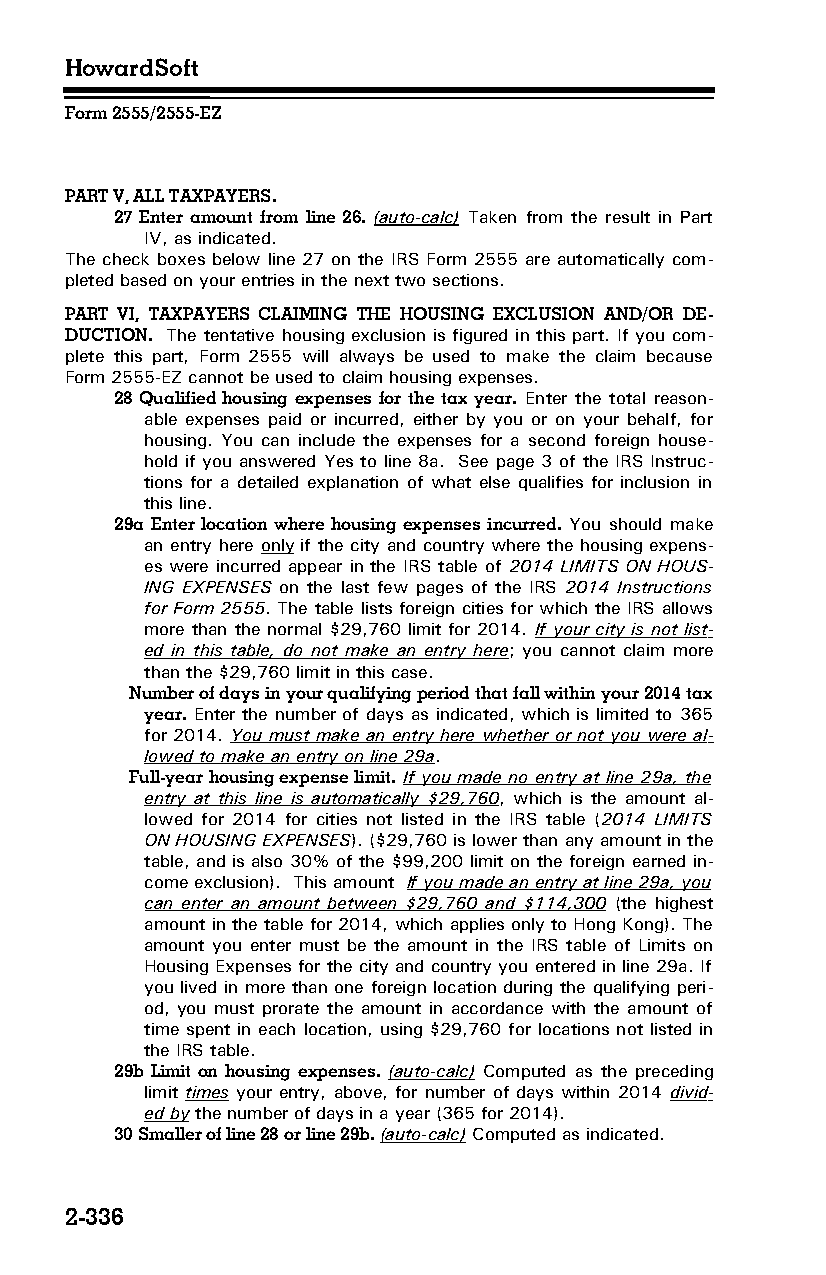
HowardSoft
 Form 2555/2555-EZ
 PART V, ALL TAXPAYERS.
 27 Enter amount from line 26. (auto-calc) Taken from the result in Part
 IV, as indicated.
 The check boxes below line 27 on the IRS Form 2555 are automatically com­
 pleted based on your entries in the next two sections.
 PART VI, TAXPAYERS CLAIMING THE HOUSING EXCLUSION AND/OR DE­
 DUCTION. The tentative housing exclusion is figured in this part. If you com­
 plete this part, Form 2555 will always be used to make the claim because
 Form 2555-EZ cannot be used to claim housing expenses.
 28 Qualified housing expenses for the tax year. Enter the total reason­
 able expenses paid or incurred, either by you or on your behalf, for
 housing. You can include the expenses for a second foreign house­
 hold if you answered Yes to line 8a. See page 3 of the IRS Instruc­
 tions for a detailed explanation of what else qualifies for inclusion in
 this line.
 29a Enter location where housing expenses incurred. You should make
 an entry here only if the city and country where the housing expens­
 es were incurred appear in the IRS table of 2014 LIMITS ON HOUS­
 ING EXPENSES on the last few pages of the IRS 2014 Instructions
 for Form 2555. The table lists foreign cities for which the IRS allows
 more than the normal $29,760 limit for 2014. If your city is not list­
 ed in this table, do not make an entry here; you cannot claim more
 than the $29,760 limit in this case.
 Number of days in your qualifying period that fall within your 2014 tax
 year. Enter the number of days as indicated, which is limited to 365
 for 2014. You must make an entry here whether or not you were al­
 lowed to make an entry on line 29a.
 Full-year housing expense limit. If you made no entry at line 29a, the
 entry at this line is automatically $29,760, which is the amount al­
 lowed for 2014 for cities not listed in the IRS table (2014 LIMITS
 ON HOUSING EXPENSES). ($29,760 is lower than any amount in the
 table, and is also 30% of the $99,200 limit on the foreign earned in­
 come exclusion). This amount If you made an entry at line 29a, you
 can enter an amount between $29,760 and $114,300 (the highest
 amount in the table for 2014, which applies only to Hong Kong). The
 amount you enter must be the amount in the IRS table of Limits on
 Housing Expenses for the city and country you entered in line 29a. If
 you lived in more than one foreign location during the qualifying peri­
 od, you must prorate the amount in accordance with the amount of
 time spent in each location, using $29,760 for locations not listed in
 the IRS table.
 29b Limit on housing expenses. (auto-calc) Computed as the preceding
 limit times your entry, above, for number of days within 2014 divid­
 ed by the number of days in a year (365 for 2014).
 30 Smaller of line 28 or line 29b. (auto-calc) Computed as indicated.
 2-336